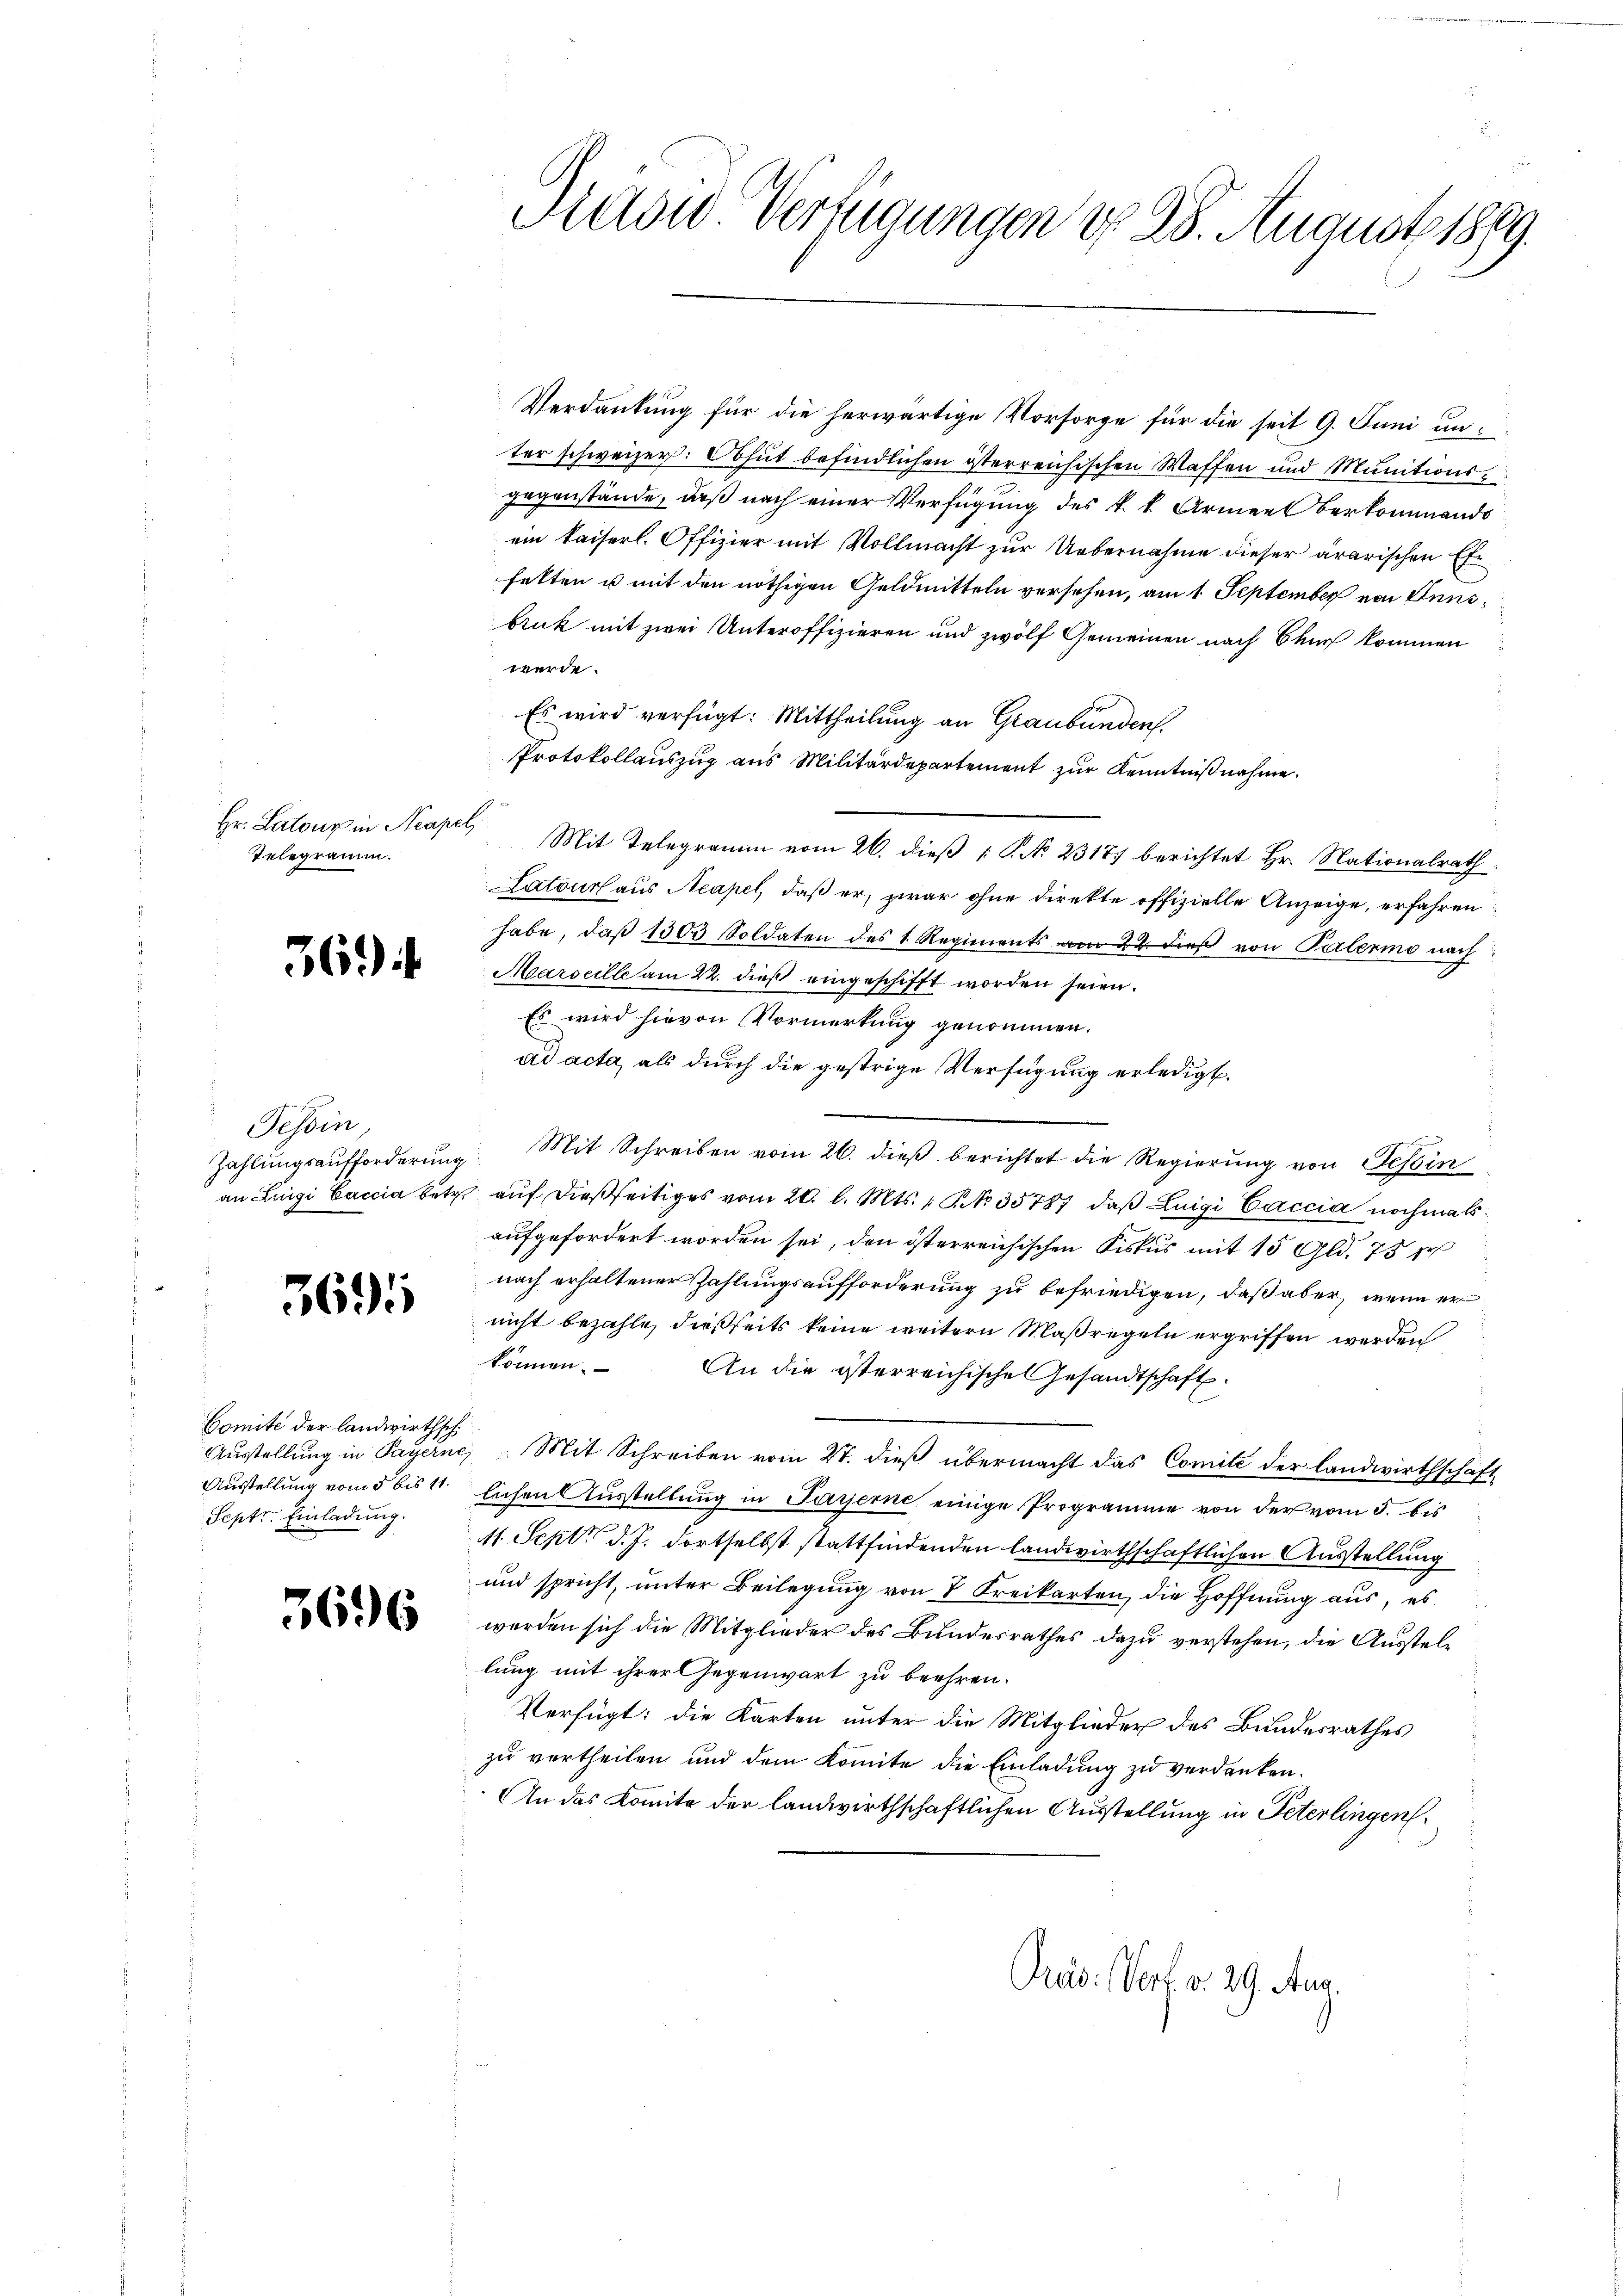
Hr. Latour in Acapel
Telegramm.

36)

Tessin

369

Comite der landwirthsch
Ausstellung in Payern
Ausstellung vom 5 bis 11.
Septr. Einladung.

3696

A die Verfügungen d. 28. August 1889.

Verdankung für die herwärtige Vorsorge für die seit 9. Juni unter schweizer: Obhut befindlichen österreichischen Waffen und Munitionsgegenstände, daß nach einer Verfügung des k. k. Armee berkommends
ein kaiserl. Offizier mit Vollmacht zur Uebernahme dieser ärarischen Ehe
fetten u mit den nöthigen Geldmitteln versehen, am 1. September von Ennsbruk mit zwei Unteroffizieren und zwölf Gemeinen nach Bauch kommen
werde.
Es wird verfügt: Mittheilung an Graubünden.
Protokollauszug aus Militärdepartement zur Kenntnißnahme.
Latour aus Neapel, daß er, zwar ohne direkte offizielle Anzeige, erfahren
habe, daβ 1503 Soldaten des 1 Regiments am 22. dieß von Palermo nach
Marseille am 22. dieß eingeschifft worden seien.
Es wird hievon Vormerkung genommen.
ad acta, als durch die gestrige Verfügung erledigt.
Zahlungsaufforderung Mit Schreiben vom 26. dieß berichtet die Regierung von Tessin
an Luigi Caccia betr. auf dießseitiges vom 20. l. Mts., NNo. 35787, daß Luigi Caccia nochmals
aufgefordert worden sei, den österreichischen Fiskus mit 15 Gld. 75
nach erhaltener Zahlungsaufforderung zu befriedigen, daß aber, wenn er
nicht bezahle, dießseits keine weitern Maßregeln ergriffen werden
können.
An die österreichische Gesandtschaft
c) Mit Schreiben vom 27. dieß übermacht das Comite der Landwirthschaft
lichen Ausstellung in Payerne, einige Programme von der vom 5. bis
11. Sept. d. J. dortselbst stattfindenden landwirthschaftlichen Ausstellung
und spricht, unter Beilegung von 7 Kreikarten, die Hoffnung aus, es
werden sich die Mitglieder des Bundesrathes dazu verstehen, die Ausstellung mit ihrer Gegenwart zu beehren.
Verfügt: die Karten unter die Mitglieder des Bundesrathes
zu vertheilen und dem Komite die Einladung zu verdanken.
An das Komite der landwirthschaftlichen Ausstellung in Peterlingen,

Mit Telegramm vom 26. dieß P. No 23177 berichtet Hr. Nationalrath

Präs. Vert v. 29. Aug